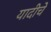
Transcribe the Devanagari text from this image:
यादीचे